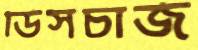
ডিসচার্জ